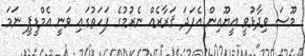
މޫސަ ވިދާޅުވީ އީޔޫއިން އެފަދަ ޤަރާރެއް ނެރުމުގެ ފަހަތުގައި ވަނީ އެމްޑީޕީ ނަމަ